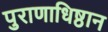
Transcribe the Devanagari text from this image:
पुराणाधिष्ठान